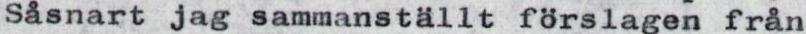
Såsnart jag sammanställt förslagen från